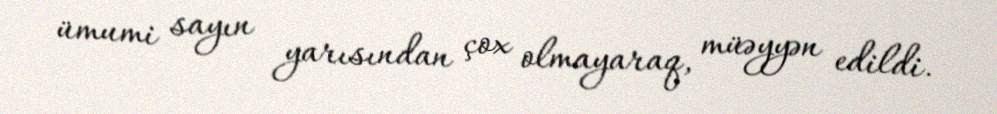
ümumi sayın yarısından çox olmayaraq, müəyyən edildi.